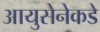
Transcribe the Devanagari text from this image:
आयुसेनेकडे